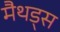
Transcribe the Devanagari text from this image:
मैथड्स